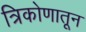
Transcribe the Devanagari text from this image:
त्रिकोणातून